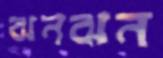
ঝনঝন